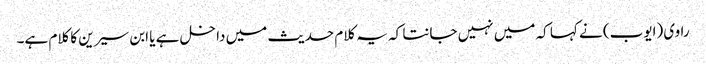
راوی (ایوب) نے کہا کہ میں نہیں جانتا کہ یہ کلام حدیث میں داخل ہے یا ابن سیرین کا کلام ہے۔